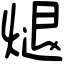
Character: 煺